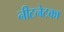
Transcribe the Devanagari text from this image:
नीटनेटका